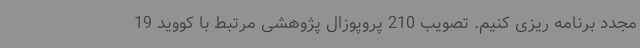
مجدد برنامه ریزی کنیم. تصویب 210 پروپوزال پژوهشی مرتبط با کووید 19